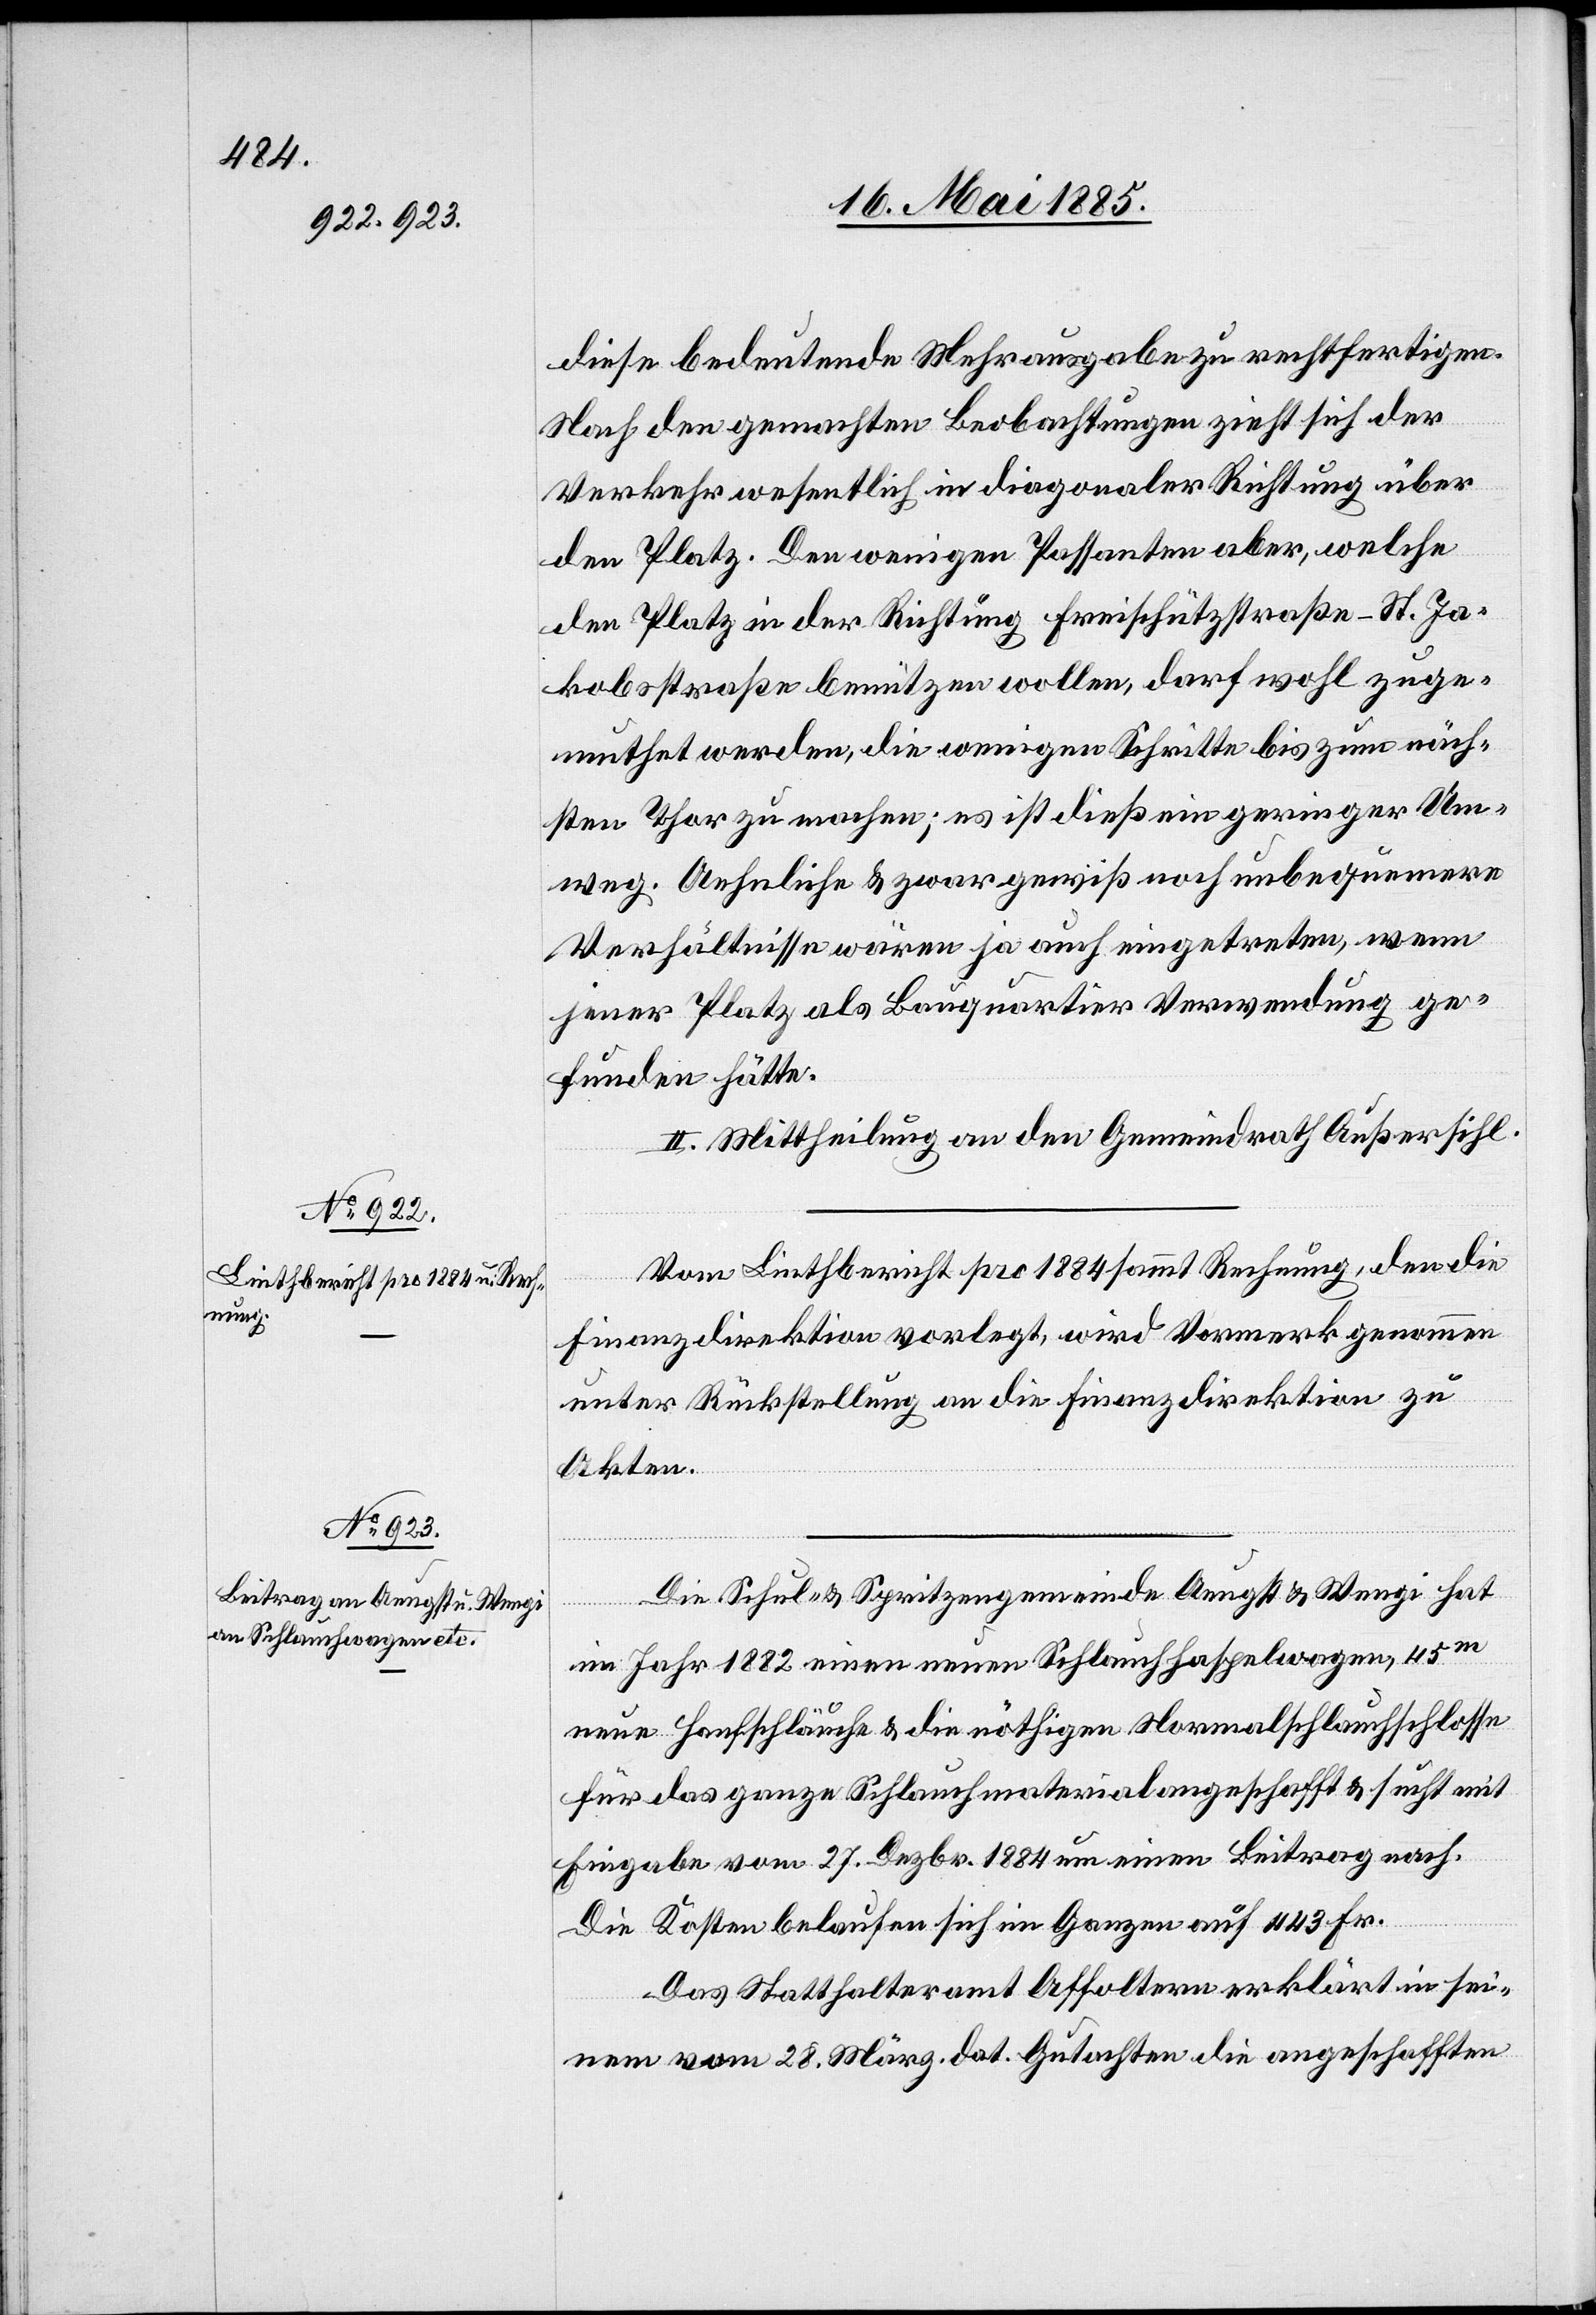
diese bedeutende Mehrausgabe zu rechtfertigen.
Nach den gemachten Beobachtungen zieht sich der
Verkehr wesentlich in diagonaler Richtung über
den Platz. Den wenigen Passanten aber, welche
den Platz in der Richtung Freischützstraße–St. Ja¬
kobsstrase benützen wollen, darf wohl zuge¬
muthet werden, die wenigen Schritte bis zum näch¬
sten Thor zu machen; es ist dieß ein geringer Um¬
weg. Aehnliche & zwar gewiß noch unbequemere
Verhältniße wären ja auch eingetreten, wenn
jener Platz als Bauquartier Verwendung ge¬
funden hätte.
II. Mittheilung an den Gemeindrath Außersihl.
Vom Linthbericht pro 1884 sammt Rechnung, den die
Finanzdirektion vorlegt, wird Vormerk genommen
unter Rückstellung an die Finanzdirektion zu
Akten.
Die Schul- & Spritzengemeinde Aeugst & Wengi hat
im Jahr 1882 einen neuen Schlauchhaspelwagen, 45 m
neue Hanfschläuche & die nöthigen Normalschlauchschlosse
für das ganze Schlauchmaterial angeschafft & sucht mit
Eingabe vom 27. Dezbr. 1884 um einen Beitrag nach.
Die Kosten belaufen sich im Ganzen auf 443 Fr.
Das Statthalteramt Affoltern erklärt in sei¬
nem vom 28. März dat. Gutachten die angeschafften